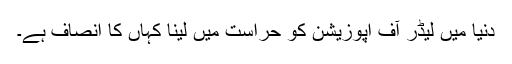
دنیا میں لیڈر آف اپوزیشن کو حراست میں لینا کہاں کا انصاف ہے۔